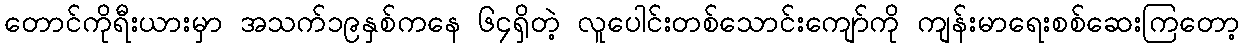
တောင်ကိုရီးယားမှာ အသက်၁၉နှစ်ကနေ ၆၄ရှိတဲ့ လူပေါင်းတစ်သောင်းကျော်ကို ကျန်းမာရေးစစ်ဆေးကြတော့